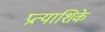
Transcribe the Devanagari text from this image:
प्रत्याशिके